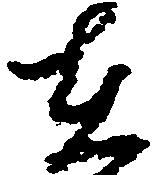
在